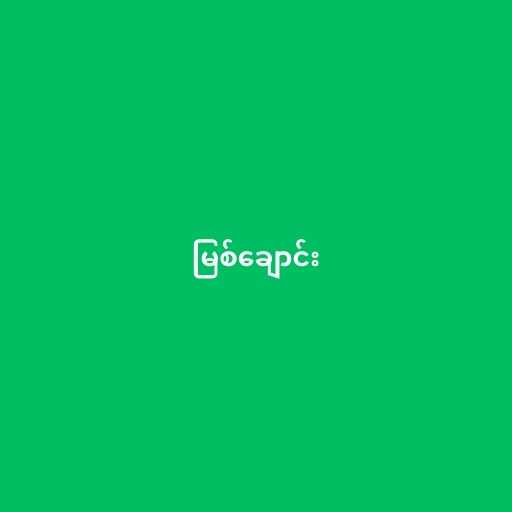
မြစ်ချောင်း